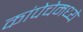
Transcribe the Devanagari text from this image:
कांपेचेमध्ये